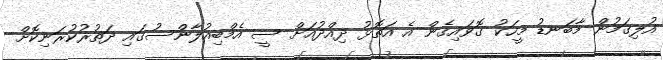
އުލިގަމުން މާބަނޑު މީހަކު ގޮވައިގެން އެ އަތޮޅު ދިއްދުއަށް ސީ އެމްބިއުލާންސުގައި ދަތުރުކުރަނިކޮށް